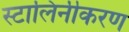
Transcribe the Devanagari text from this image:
स्टालिनीकरण